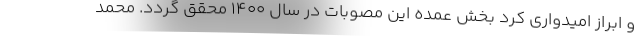
و ابراز امیدواری کرد بخش عمده این مصوبات در سال 1400 محقق گردد. محمد